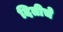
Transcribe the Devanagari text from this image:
दितीचे